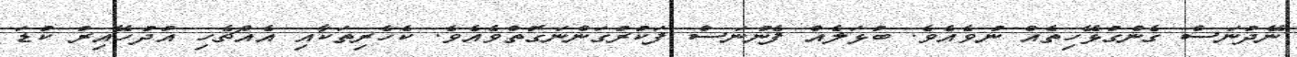
ނޭދުނަސް ގެންގުޅޭހިތެއް ނުވެއެވެ. ބުޅަލެއް ފެނުނަސް ފަކުރުގަންނަގޮތްވެއެވެ. ކެހެރިތަކާއި އެއްޗެހި އުދުހޭއިރު ކުޑަ